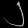
Digit: ၂